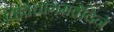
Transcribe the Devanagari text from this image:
विविधागमवेदिने